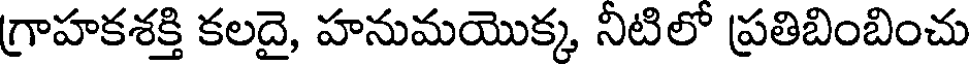
గ్రాహకశక్తి కలదై, హనుమయొక్క, నిటిలో ప్రతిబింబించు